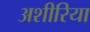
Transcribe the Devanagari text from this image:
अशीरिया